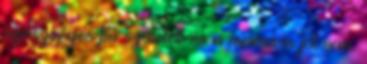
egészséges fiú született és a mama is jól van.